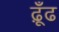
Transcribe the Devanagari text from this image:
ढ़ूँढ